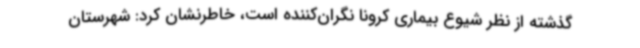
گذشته از نظر شیوع بیماری کرونا نگران‌کننده است، خاطرنشان کرد: شهرستان